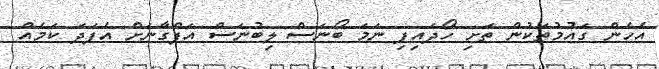
އެހެން ގައުމުތަކުން ތަށި ހޯދައިފި ނަމަ ބޯނަސް ލިބުނަސް އަފްގާނަށް އެފަދަ ކަމެއް